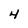
Character: 4